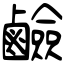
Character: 鹼